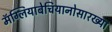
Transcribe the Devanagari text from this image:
मॅग्लियाबेचियानोसारख्या